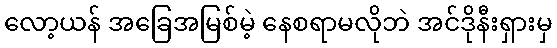
လော့ယန် အခြေအမြစ်မဲ့ နေစရာမလိုဘဲ အင်ဒိုနီးရှားမှ